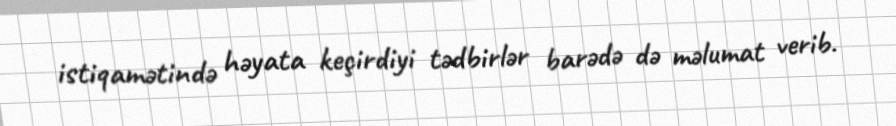
istiqamətində həyata keçirdiyi tədbirlər barədə də məlumat verib.